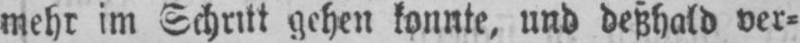
mehr im Schritt gehen konnte, und deßhald ver⸗